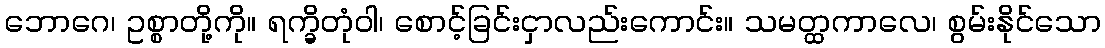
ဘောဂေ၊ ဥစ္စာတို့ကို။ ရက္ခိတုံဝါ၊ စောင့်ခြင်းငှာလည်းကောင်း။ သမတ္ထကာလေ၊ စွမ်းနိုင်သော